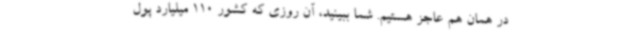
در همان هم عاجز هستیم. شما ببینید، آن روزی که کشور 110 میلیارد پول